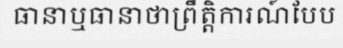
ធានាឬធានាថាព្រឹត្តិការណ៍បែប